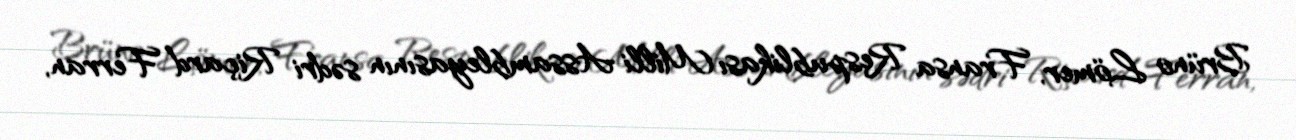
Brüno Lömer, Fransa Respublikası Milli Assambleyasının sədri Riçard Ferran,